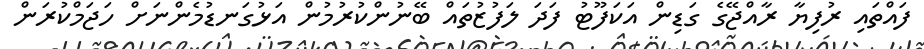
ފައްތައި ރުފިޔާ ރާއްޖޭގެ ގަޑިން އަކަފޫޓު ފަދަ ލަފުޒުތައް ބޭނުންކުރުމުން އަޅުގަނޑުމެންނަށް ހަޖަމްކުރަން